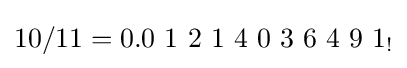
10/11=0.0\ 1\ 2\ 1\ 4\ 0\ 3\ 6\ 4\ 9\ 1_{!}